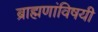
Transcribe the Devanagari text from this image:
ब्राह्मणांविषयी